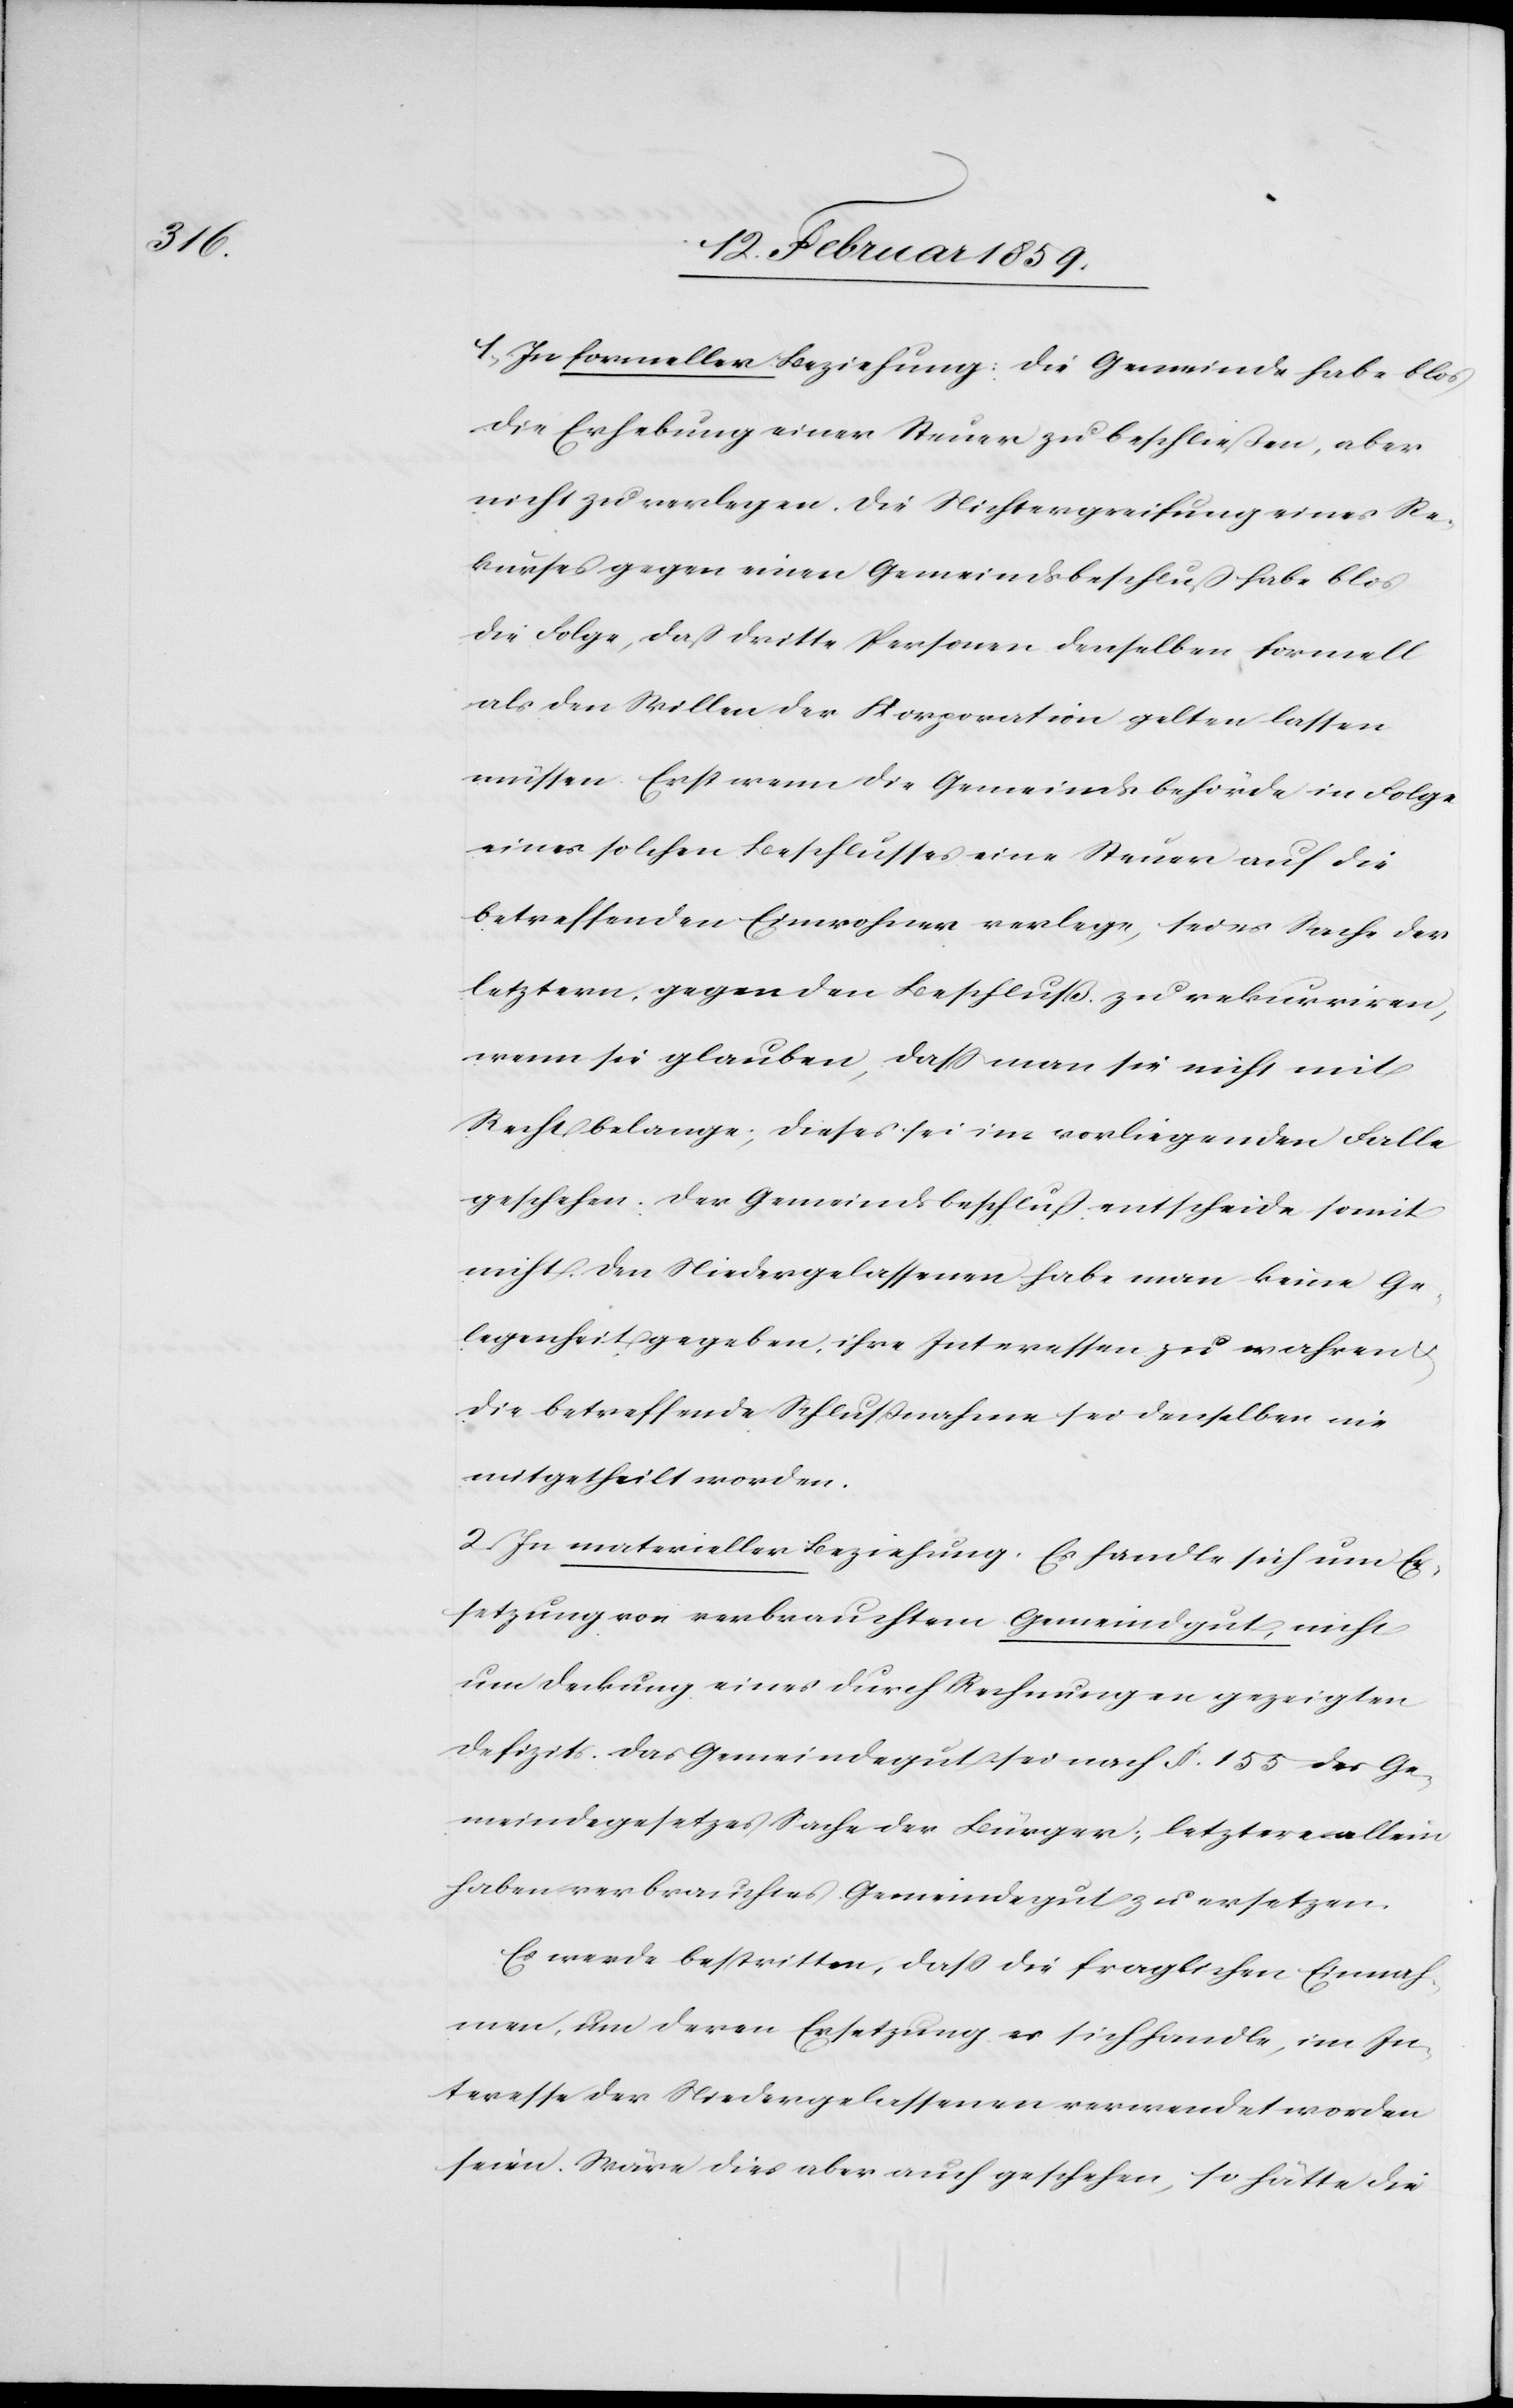
1) In formeller Beziehung: die Gemeinde habe blos
die Erhebung einer Steuer zu beschließen, aber
nicht zu verlegen. Die Nichtergreifung eines Re¬
kurses gegen einen Gemeindsbeschluß habe blos
die Folge, daß dritte Personen denselben formell
als den Willen der Korporation gelten lassen
müssen. Erst wenn die Gemeindsbehörde in Folge
eines solchen Beschlusses eine Steuer auf die
betreffenden Einwohner verlege, sei es Sache der
letztern, gegen den Beschluß zu rekurriren,
wenn sie glauben, daß man sie nicht mit
Recht belange; dieses sei im vorliegenden Falle
geschehen. Der Gemeindsbeschluß entscheide somit
nicht. Den Niedergelassenen habe man keine Ge¬
legenheit gegeben, ihre Interessen zu wahren u.
die betreffende Schlußnahme sei denselben nie
mitgetheilt worden.
2) In materieller Beziehung: Es handle sich um Er¬
setzung von verbrauchtem Gemeindgut, nicht
um Deckung eines durch Rechnungen gezeigten
Defizits. Das Gemeindegut sei nach §. 155 des Ge¬
meindegesetzes Sache der Bürger; letztere allein
haben verbrauchtes Gemeindegut zu ersetzen.
Es werde bestritten, daß die fraglichen Einnah¬
men, um deren Ersetzung es sich handle, im In¬
teresse der Niedergelassenen verwendet worden
seien. Wäre dies aber auch geschehen, so hätte die